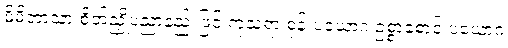
မိမိဘာသာ စိတ်ညှို့ပညာနည်းဖြင့် ကုသရာ စုန်းပယောဂ ဥစ္စာစောင့် ပယောဂ